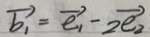
\overrightarrow { b _ { 1 } } = \overrightarrow { e _ { 1 } } - 2 \overrightarrow { e _ { 2 } }